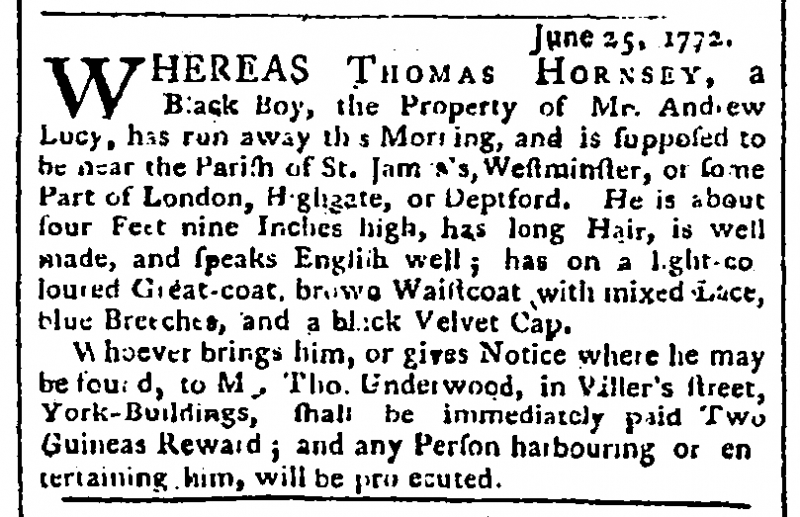
Public Advertiser, 27 June 1772 (England)
                            June 25, 1772.WHEREAS THOMAS HORNSEY, a Black Boy, the Property of Mr. Andrew Lucy, has run away this Morning, and is supposed to be near the Parish of St. James’s, Westminster, or some Part of London, Highgate, or Deptford. He is about four Feet nine Inches high, has long Hair, is well made, and speaks English well; has on a light coloured Great-coat, brown Waistcoat with mixed Lace, blue Breeches, and a black Velvet Cap.  Whoever brings him, or gives Notice where he may be found, to Mr. Tho. Underwood, in Viller’s street, York-Buildings, shall be immediately paid Two Guineas Reward; and any Person harbouring or entertaining him, will be prosecuted.